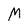
Character: M